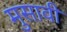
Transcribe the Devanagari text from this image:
मुसावी